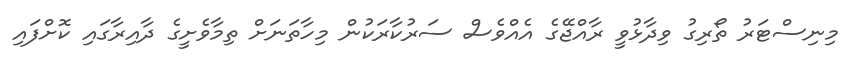
މިނިސްޓަރު ތޯރިގު ވިދާޅުވީ ރާއްޖޭގެ އެއްވެސް ސަރުކާރަކުން މިހާތަނަށް ތިމާވެށީގެ ދާއިރާގައި ކޮށްފައި